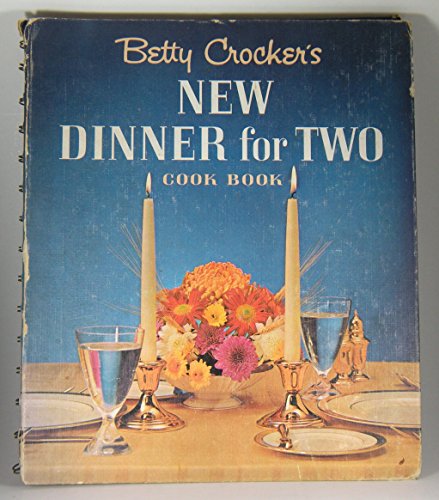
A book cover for Betty Crocker's New Dinner For Two Cookbook; Betty Crocker; Cookbooks, Food & Wine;